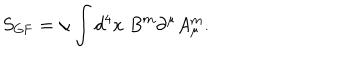
S _ { \mathrm { G F } } = \alpha \int d ^ { 4 } x \; B ^ { m } \partial ^ { \mu } A _ { \mu } ^ { m } .